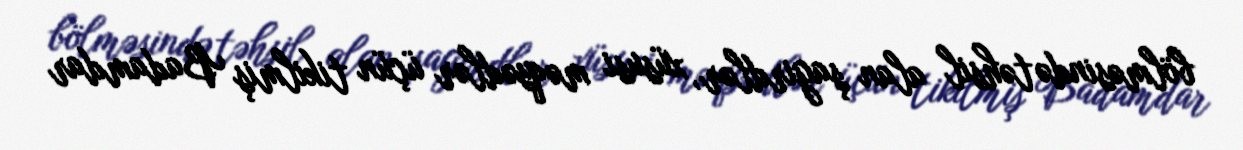
bölməsində təhsil alan şagirdlər, xüsusi məqsədlər üçün tikilmiş Badamdar